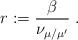
LaTeX: \begin{align*}r:=\frac{\beta}{\nu_{\mu/\mu'}}\;.\end{align*}